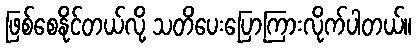
ဖြစ်စေနိုင်တယ်လို့ သတိပေးပြောကြားလိုက်ပါတယ်။